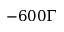
- 6 0 0 \Gamma